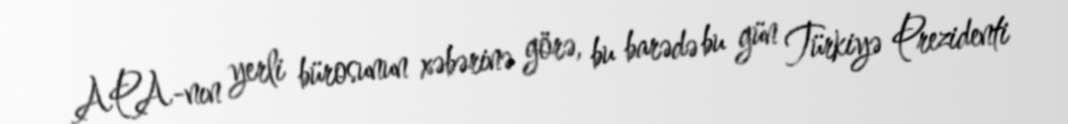
APA-nın yerli bürosunun xəbərinə görə, bu barədə bu gün Türkiyə Prezidenti